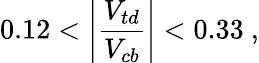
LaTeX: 0.12<\left|\frac{V_{td}}{V_{cb}}\right|<0.33~,